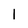
Character: 1